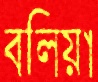
বলিয়া